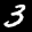
Label: 3